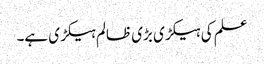
علم کی ہیکڑی بڑی ظالم ہیکڑی ہے۔